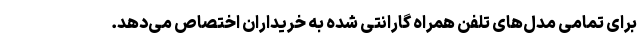
برای تمامی مدل‌های تلفن همراه گارانتی شده به خریداران اختصاص می‌دهد.